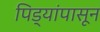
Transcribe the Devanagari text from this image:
पिड्यांपासून